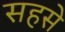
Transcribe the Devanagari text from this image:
सहसे